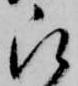
被